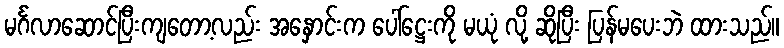
မင်္ဂလာဆောင်ပြီးကျတော့လည်း အနှောင်းက ပေါ်ဋ္ဌေးကို မယုံ လို့ ဆိုပြီး ပြန်မပေးဘဲ ထားသည်။